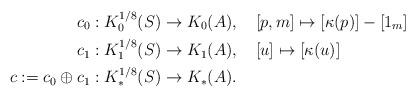
LaTeX: \begin{align*}c_0 & :K_0^{1/8}(S)\to K_0(A),~~~[p,m]\mapsto [\kappa(p)]-[1_m] \\c_1 & :K_1^{1/8}(S)\to K_1(A),~~~[u]\mapsto [\kappa(u)] \\ c :=c_0\oplus c_1& :K_*^{1/8}(S)\to K_*(A).\end{align*}